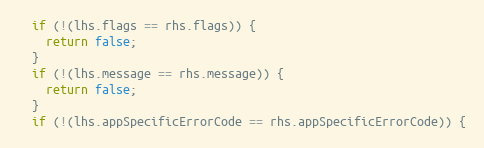
Language: C++
  if (!(lhs.flags == rhs.flags)) {
    return false;
  }
  if (!(lhs.message == rhs.message)) {
    return false;
  }
  if (!(lhs.appSpecificErrorCode == rhs.appSpecificErrorCode)) {